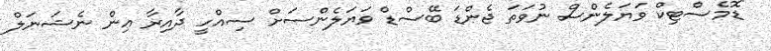
"ޑޮމެސްޓިކް ވަޔަލެންސް ނުވަތަ ޖެންޑަ ބޭސްޑް ވަޔަލެންސަށް ސިއްހީ ދާއިރާ އިން ނެޝަނަލް